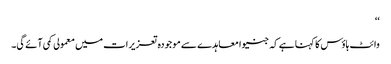
‘‘
وائٹ ہاؤس کا کہنا ہے کہ جنیوا معاہدے سے موجودہ تعزیرات میں معمولی کمی آئے گی۔